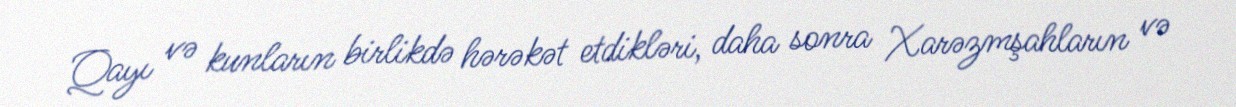
Qayı və kunların birlikdə hərəkət etdikləri, daha sonra Xarəzmşahların və